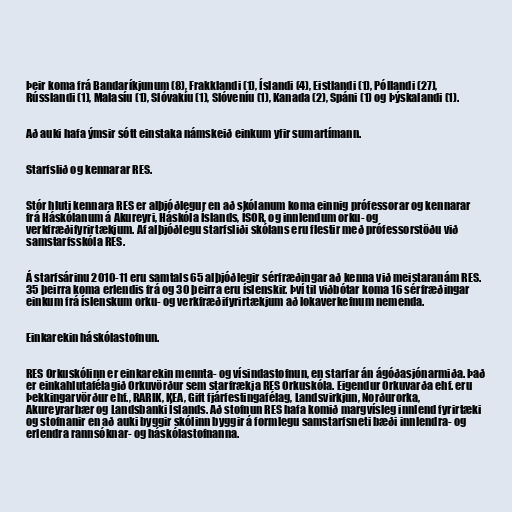
Þeir koma frá Bandaríkjunum (8), Frakklandi (1), Íslandi (4), Eistlandi (1), Póllandi (27),
Rússlandi (1), Malasíu (1), Slóvakíu (1), Slóveníu (1), Kanada (2), Spáni (1) og Þýskalandi (1).

Að auki hafa ýmsir sótt einstaka námskeið einkum yfir sumartímann.

Starfslið og kennarar RES.

Stór hluti kennara RES er alþjóðlegur en að skólanum koma einnig prófessorar og kennarar
frá Háskólanum á Akureyri, Háskóla Íslands, ÍSOR, og innlendum orku- og
verkfræðifyrirtækjum. Af alþjóðlegu starfsliði skólans eru flestir með prófessorstöðu við
samstarfsskóla RES.

Á starfsárinu 2010-11 eru samtals 65 alþjóðlegir sérfræðingar að kenna við meistaranám RES.
35 þeirra koma erlendis frá og 30 þeirra eru íslenskir. Því til viðbótar koma 16 sérfræðingar
einkum frá íslenskum orku- og verkfræðifyrirtækjum að lokaverkefnum nemenda.

Einkarekin háskólastofnun.

RES Orkuskólinn er einkarekin mennta- og vísindastofnun, en starfar án ágóðasjónarmiða. Það
er einkahlutafélagið Orkuvörður sem starfrækja RES Orkuskóla. Eigendur Orkuvarða ehf. eru
Þekkingarvörður ehf., RARIK, KEA, Gift fjárfestingafélag, Landsvirkjun, Norðurorka,
Akureyrarbær og Landsbanki Íslands. Að stofnun RES hafa komið margvísleg innlend fyrirtæki
og stofnanir en að auki byggir skólinn byggir á formlegu samstarfsneti bæði innlendra- og
erlendra rannsóknar- og háskólastofnanna.